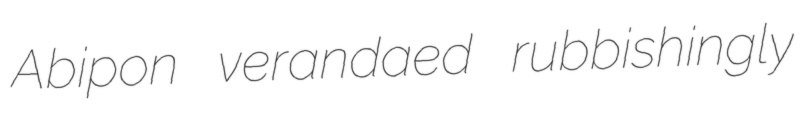
Abipon verandaed rubbishingly